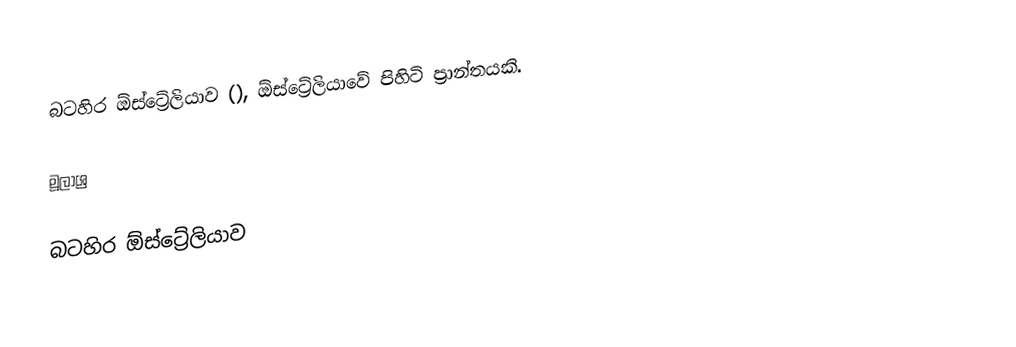
බටහිර ඕස්ට්‍රේලියාව (), ඕස්ට්‍රේලියාවේ පිහිටි ප්‍රාන්තයකි.

මූලාශ්‍ර

බටහිර ඕස්ට්‍රේලියාව